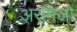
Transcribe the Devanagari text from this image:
अरमिजो